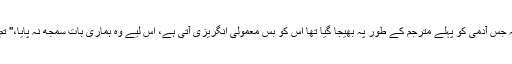
اس عورت نے آتے ہی ہم سے معافی مانگی کہ جس آدمی کو پہلے مترجم کے طور پہ بھیجا گیا تھا اس کو بس معمولی انگریزی آتی ہے، اس لیے وہ ہماری بات سمجھ نہ پایا،" تم مجھے بتاءو کہ تم ناشتے میں کیا کھاءو گے۔